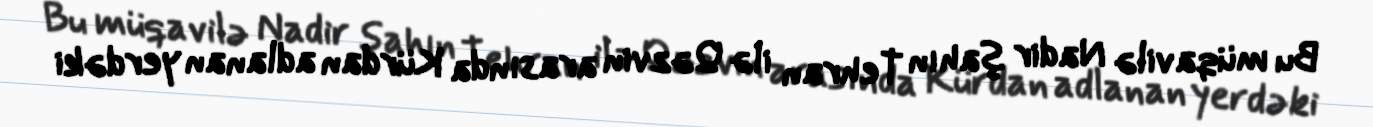
Bu müqavilə Nadir şahın Tehran ilə Qəzvin arasında Kürdan adlanan yerdəki